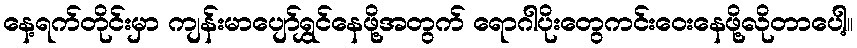
နေ့ရက်တိုင်းမှာ ကျန်းမာပျော်ရွှင်နေဖို့အတွက် ရောဂါပိုးတွေကင်းဝေးနေဖို့လိုတာပေါ့။